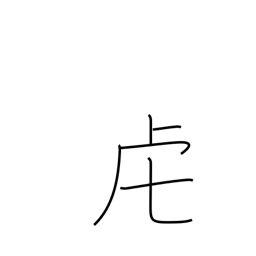
Meaning: tiger or tiger crown radical (no. 141)